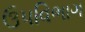
ઉપવિભાગ